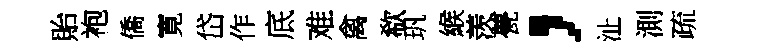
貽袍僑寛岱作底难禽欷㺬緱羡甍，沚測疏